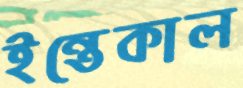
ইন্তেকাল